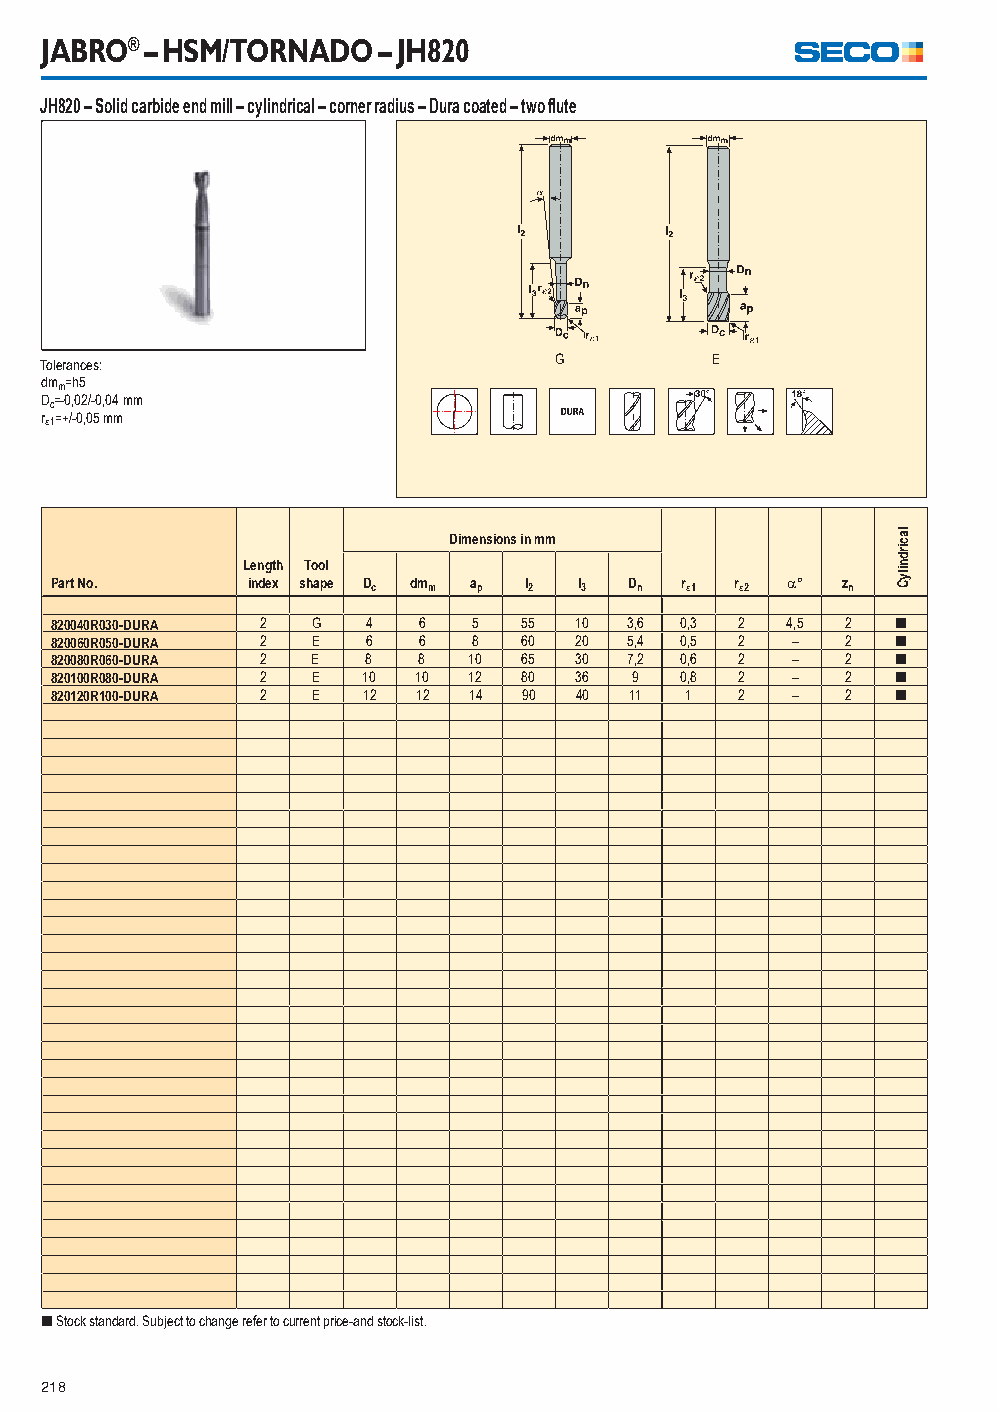
JABRO® – HSM/TORNADO  – JH820
 JH820 – Solid carbide end mill – cylindrical – corner radius – Dura coated – two fl ute
 Tolerances:                       G         E
 dmm=h5
 Dc=-0,02/-0,04 mm
 r1=+/-0,05 mm
 Dimensions in mm
 Length Tool
 Part No.     index shape Dc dmm ap l2 l3 Dn r1 r2 ° zn
 820040R030-DURA 2 G  4   6  5   55 10  3,6 0,3 2 4,5 2  [
 820060R050-DURA 2 E  6   6  8   60 20  5,4 0,5 2 –   2  [
 820080R060-DURA 2 E  8   8  10  65 30  7,2 0,6 2 –   2  [
 820100R080-DURA 2 E  10  10 12  80 36  9  0,8 2  –   2  [
 820120R100-DURA 2 E  12  12 14  90 40  11 1   2  –   2  [
 [ Stock standard. Subject to change refer to current price-and stock-list.
 218
 lacirdnilyC